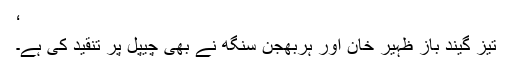
‘
تیز گیند باز ظہیر خان اور ہربھجن سنگھ نے بھی چیپل پر تنقید کی ہے۔